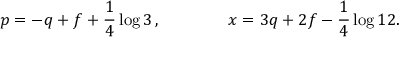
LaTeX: p = - q + f + \frac { 1 } { 4 } \log 3 \, , \qquad \qquad x = 3 q + 2 f - \frac { 1 } { 4 } \log 1 2 .